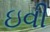
ઇવી